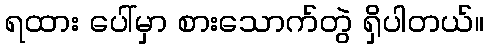
ရထား ပေါ်မှာ စားသောက်တွဲ ရှိပါတယ်။